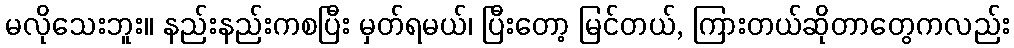
မလိုသေးဘူး။ နည်းနည်းကစပြီး မှတ်ရမယ်၊ ပြီးတော့ မြင်တယ်, ကြားတယ်ဆိုတာတွေကလည်း